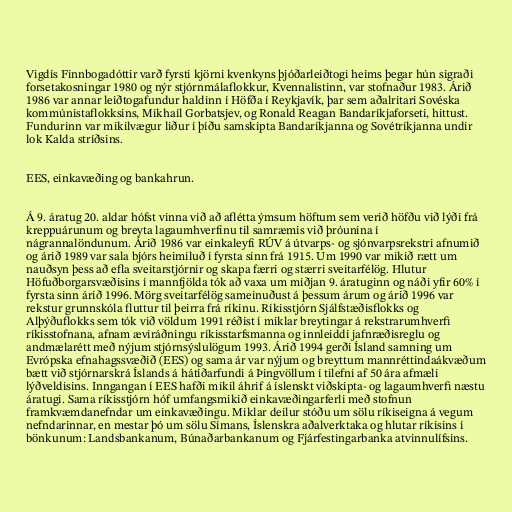
Vigdís Finnbogadóttir varð fyrsti kjörni kvenkyns þjóðarleiðtogi heims þegar hún sigraði
forsetakosningar 1980 og nýr stjórnmálaflokkur, Kvennalistinn, var stofnaður 1983. Árið
1986 var annar leiðtogafundur haldinn í Höfða í Reykjavík, þar sem aðalritari Sovéska
kommúnistaflokksins, Mikhaíl Gorbatsjev, og Ronald Reagan Bandaríkjaforseti, hittust.
Fundurinn var mikilvægur liður í þíðu samskipta Bandaríkjanna og Sovétríkjanna undir
lok Kalda stríðsins.

EES, einkavæðing og bankahrun.

Á 9. áratug 20. aldar hófst vinna við að aflétta ýmsum höftum sem verið höfðu við lýði frá
kreppuárunum og breyta lagaumhverfinu til samræmis við þróunina í
nágrannalöndunum. Árið 1986 var einkaleyfi RÚV á útvarps- og sjónvarpsrekstri afnumið
og árið 1989 var sala bjórs heimiluð í fyrsta sinn frá 1915. Um 1990 var mikið rætt um
nauðsyn þess að efla sveitarstjórnir og skapa færri og stærri sveitarfélög. Hlutur
Höfuðborgarsvæðisins í mannfjölda tók að vaxa um miðjan 9. áratuginn og náði yfir 60% í
fyrsta sinn árið 1996. Mörg sveitarfélög sameinuðust á þessum árum og árið 1996 var
rekstur grunnskóla fluttur til þeirra frá ríkinu. Ríkisstjórn Sjálfstæðisflokks og
Alþýðuflokks sem tók við völdum 1991 réðist í miklar breytingar á rekstrarumhverfi
ríkisstofnana, afnam æviráðningu ríkisstarfsmanna og innleiddi jafnræðisreglu og
andmælarétt með nýjum stjórnsýslulögum 1993. Árið 1994 gerði Ísland samning um
Evrópska efnahagssvæðið (EES) og sama ár var nýjum og breyttum mannréttindaákvæðum
bætt við stjórnarskrá Íslands á hátíðarfundi á Þingvöllum í tilefni af 50 ára afmæli
lýðveldisins. Inngangan í EES hafði mikil áhrif á íslenskt viðskipta- og lagaumhverfi næstu
áratugi. Sama ríkisstjórn hóf umfangsmikið einkavæðingarferli með stofnun
framkvæmdanefndar um einkavæðingu. Miklar deilur stóðu um sölu ríkiseigna á vegum
nefndarinnar, en mestar þó um sölu Símans, Íslenskra aðalverktaka og hlutar ríkisins í
bönkunum: Landsbankanum, Búnaðarbankanum og Fjárfestingarbanka atvinnulífsins.